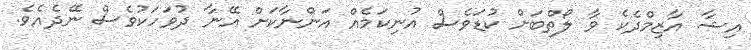
އިޝާ އާޒިމްދެކެ ވާ ލޯތްބަށް ކުޑަވެސް އުނިކަމެއް އަންނާކަށް އޭނާ ދުވަހަކުވެސް ނޭދެއެވެ.